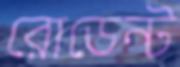
রোডেন্ট